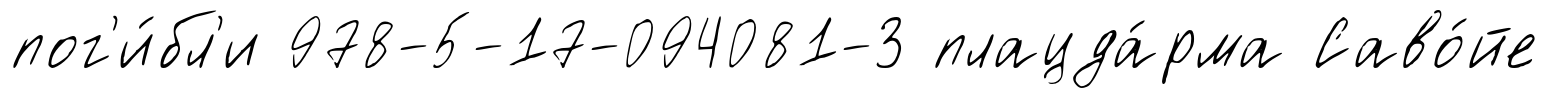
пог'и́бл'и 978-5-17-094081-3 плацда́рма Саво́йе